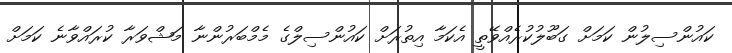
ކައުންސިލުން ކަމަށް ގަބޫލުކުރެއްވޭތީ އެކަމާ އިތުރަށް ކައުންސިލްގެ މެމްބަރުންނާ މަޝްވަރާ ކުރައްވާނެ ކަމަށް